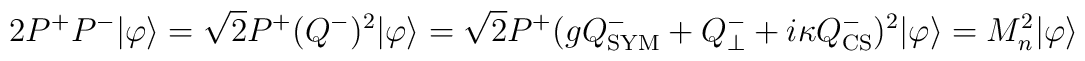
2P^+P^-|\varphi\rangle=\sqrt{2}P^+(Q^-)^2|\varphi\rangle=\sqrt{2}P^+(gQ^-_{\rm SYM}+Q_\perp^-      +i\kappa Q^-_{\rm CS})^2|\varphi\rangle=M^2_n|\varphi\rangle